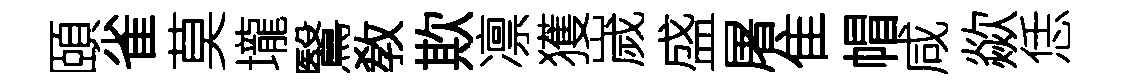
頤雀莫壠鷖敎欺凛獲嵗盛屠隹帽咸歘恁